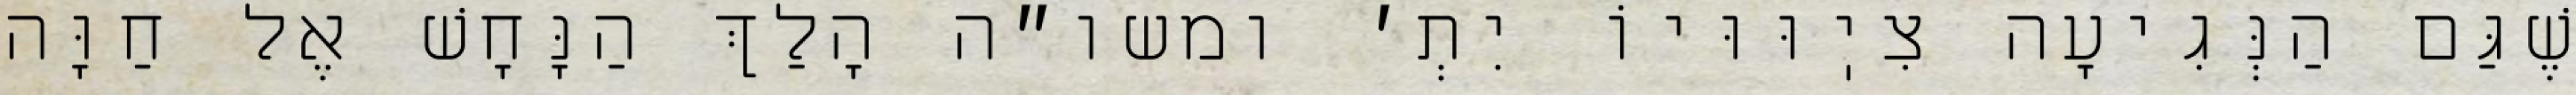
שֶׁגַּם הַנְּגִיעָה צִיֽוּוּיוֹ יִתְ׳ ומשו״ה הָלַךְ הַנָּחָשׁ אֶל חַוָּה